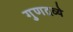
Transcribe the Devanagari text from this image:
गुणद्रव्ये